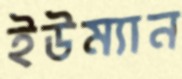
ইউম্যান